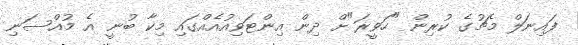
ފައިނަލް މެޗުގެ ކުރިން "ހަވީރަ"ށް ދިން އިންޓަވިއުއެއްގައި މިކާ ބުނީ އެ މުއްސަނި